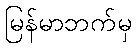
မြန်မာဘက်မှ